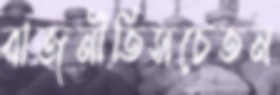
রাজনীতিসচেতন